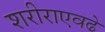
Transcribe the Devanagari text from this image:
शरीराएवढे